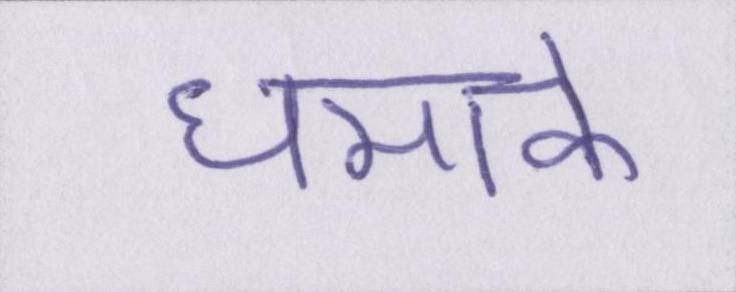
धमाके